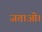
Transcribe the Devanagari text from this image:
जताओ।